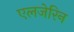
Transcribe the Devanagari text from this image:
एलजेरिन